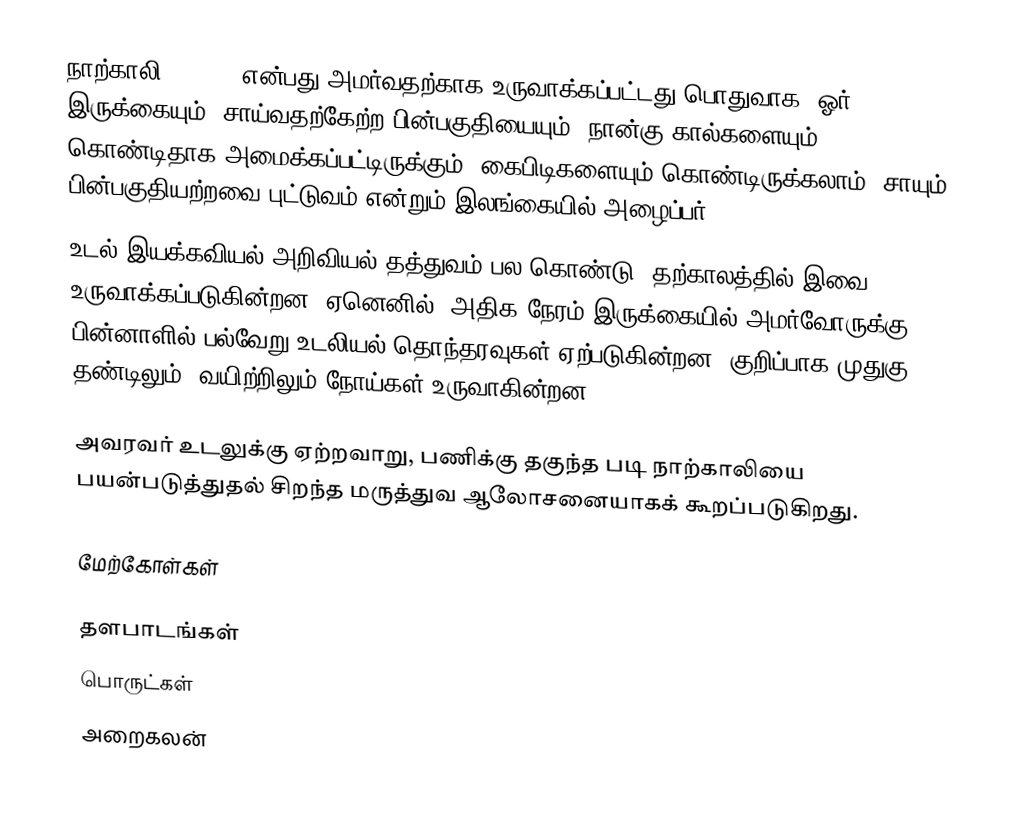
நாற்காலி (Chair) என்பது அமர்வதற்காக உருவாக்கப்பட்டது.பொதுவாக, ஓர் இருக்கையும், சாய்வதற்கேற்ற பின்பகுதியையும், நான்கு கால்களையும் கொண்டிதாக அமைக்கப்பட்டிருக்கும். கைபிடிகளையும் கொண்டிருக்கலாம். சாயும் பின்பகுதியற்றவை புட்டுவம் என்றும் இலங்கையில் அழைப்பர்.
உடல் இயக்கவியல் அறிவியல் தத்துவம் பல கொண்டு, தற்காலத்தில் இவை உருவாக்கப்படுகின்றன. ஏனெனில், அதிக நேரம் இருக்கையில் அமர்வோருக்கு, பின்னாளில் பல்வேறு உடலியல் தொந்தரவுகள் ஏற்படுகின்றன. குறிப்பாக முதுகு தண்டிலும், வயிற்றிலும் நோய்கள் உருவாகின்றன.

அவரவர் உடலுக்கு ஏற்றவாறு, பணிக்கு தகுந்த படி நாற்காலியை பயன்படுத்துதல் சிறந்த மருத்துவ ஆலோசனையாகக் கூறப்படுகிறது.

மேற்கோள்கள்

தளபாடங்கள்
பொருட்கள்
அறைகலன்